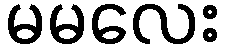
မမလေး